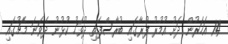
14 އަހަރުން ދަށު އުމުރު ފުރާގައި ބުރާސްފަތި ދުވަހު ކުޅުނު ދެވަނަ މެޗުގައި